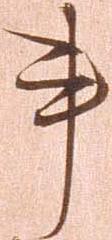
書